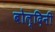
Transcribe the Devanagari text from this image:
बोल्दिनी